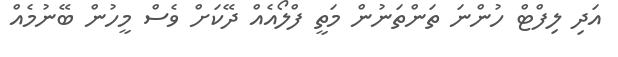
އަދި ލިފްޓް ހުންނަ ތަންތަނުން މަތީ ފްލޯއެއް ދޭކަށް ވެސް މީހުން ބޭނުމެއް